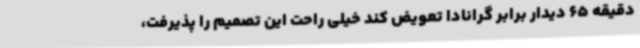
دقیقه 65 دیدار برابر گرانادا تعویض کند خیلی راحت این تصمیم را پذیرفت،